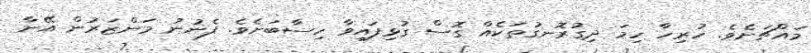
މައްޗަށެވެ. ހުރިހާ ހިމަ ދިގުރޮނގުތަކެއް ގޮސް ގުޅިފައިވާ ހިސާބަށެވެ. ފެނުނު މަންޒަރުން އޭނާ